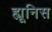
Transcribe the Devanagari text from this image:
ह्यूनिस